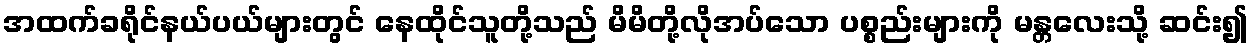
အထက်ခရိုင်နယ်ပယ်များတွင် နေထိုင်သူတို့သည် မိမိတို့လိုအပ်သော ပစ္စည်းများကို မန္တလေးသို့ ဆင်း၍